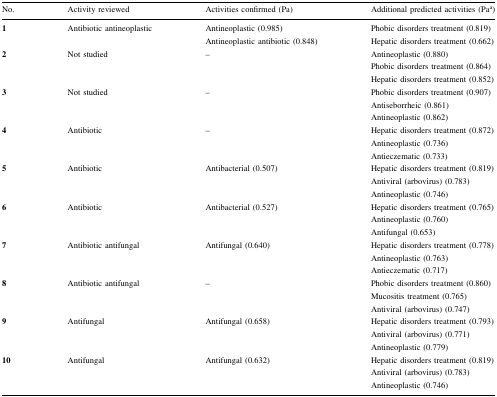
| No. | Activity reviewed | Activities confirmed (Pa) | Additional predicted activities (Paa) |
 | --- | --- | --- | --- |
 | 1 | Antibiotic antineoplastic | Antineoplastic (0.985)Antineoplastic antibiotic (0.848) | Phobic disorders treatment (0.819)Hepatic disorders treatment (0.662) |
 | 2 | Not studied | – | Antineoplastic (0.880)Phobic disorders treatment (0.864)Hepatic disorders treatment (0.852) |
 | 3 | Not studied | – | Phobic disorders treatment (0.907)Antiseborrheic (0.861)Antineoplastic (0.862) |
 | 4 | Antibiotic | – | Hepatic disorders treatment (0.872)Antineoplastic (0.736)Antieczematic (0.733) |
 | 5 | Antibiotic | Antibacterial (0.507) | Hepatic disorders treatment (0.819)Antiviral (arbovirus) (0.783)Antineoplastic (0.746) |
 | 6 | Antibiotic | Antibacterial (0.527) | Hepatic disorders treatment (0.765)Antineoplastic (0.760)Antifungal (0.653) |
 | 7 | Antibiotic antifungal | Antifungal (0.640) | Hepatic disorders treatment (0.778)Antineoplastic (0.763)Antieczematic (0.717) |
 | 8 | Antibiotic antifungal | – | Phobic disorders treatment (0.860)Mucositis treatment (0.765)Antiviral (arbovirus) (0.747) |
 | 9 | Antifungal | Antifungal (0.658) | Hepatic disorders treatment (0.793)Antiviral (arbovirus) (0.771)Antineoplastic (0.779) |
 | 10 | Antifungal | Antifungal (0.632) | Hepatic disorders treatment (0.819)Antiviral (arbovirus) (0.783)Antineoplastic (0.746) |